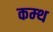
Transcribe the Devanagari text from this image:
कम्थ